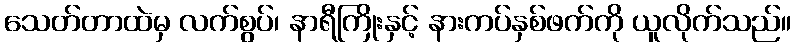
သေတ်တာထဲမှ လက်စွပ်၊ နာရီကြိုးနှင့် နားကပ်နှစ်ဖက်ကို ယူလိုက်သည်။